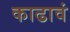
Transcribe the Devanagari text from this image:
काढावं